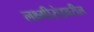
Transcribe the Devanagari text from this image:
लक्ष्मीरोडवरील